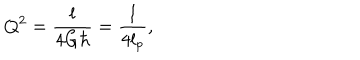
Q ^ { 2 } = { \frac { l } { 4 G \hbar } } = { \frac { l } { 4 l _ { p } } } ,